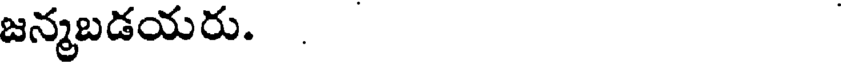
జన్మబడయరు.